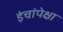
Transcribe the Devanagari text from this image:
इंचांपेक्षा